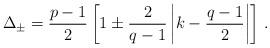
LaTeX: \begin{align*}\Delta_{\pm} ={ p-1 \over 2} \left[1 \pm {2 \over q-1} \left|k-{q-1\over 2} \right| \right] \,.\end{align*}